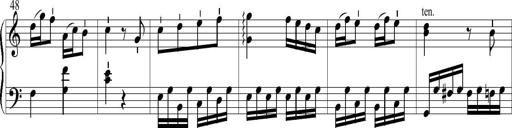
Title: 6 Leichte Sonatinen, Teil 1
Composer: F. Sigismund Sander